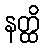
နတ္ထိ